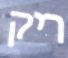
ריק